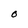
Character: O